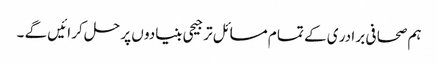
ہم صحا فی بر ادر ی کے تما م مسا ئل تر جیحی بنیادو ں پر حل کر ائیں گے ۔